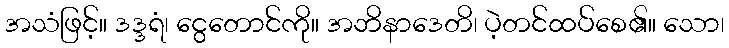
အသံဖြင့်။ ဒဒ္ဒရံ၊ ငွေတောင်ကို။ အဘိနာဒေတိ၊ ပဲ့တင်ထပ်စေ၏။ သော၊